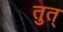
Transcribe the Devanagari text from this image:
तुत्